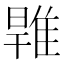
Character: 𨿑